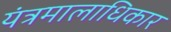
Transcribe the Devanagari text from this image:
यंत्रमालाधिकार